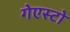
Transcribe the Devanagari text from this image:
गेएस्टो